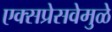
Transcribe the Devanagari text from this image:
एक्सप्रेसवेमुळे